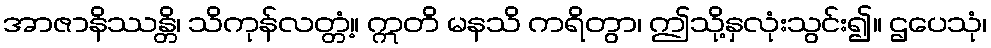
အာဇာနိဿန္တိ၊ သိကုန်လတ္တံ့။ ဣတိ မနသိ ကရိတွာ၊ ဤသို့နှလုံးသွင်း၍။ ဌပေသုံ၊